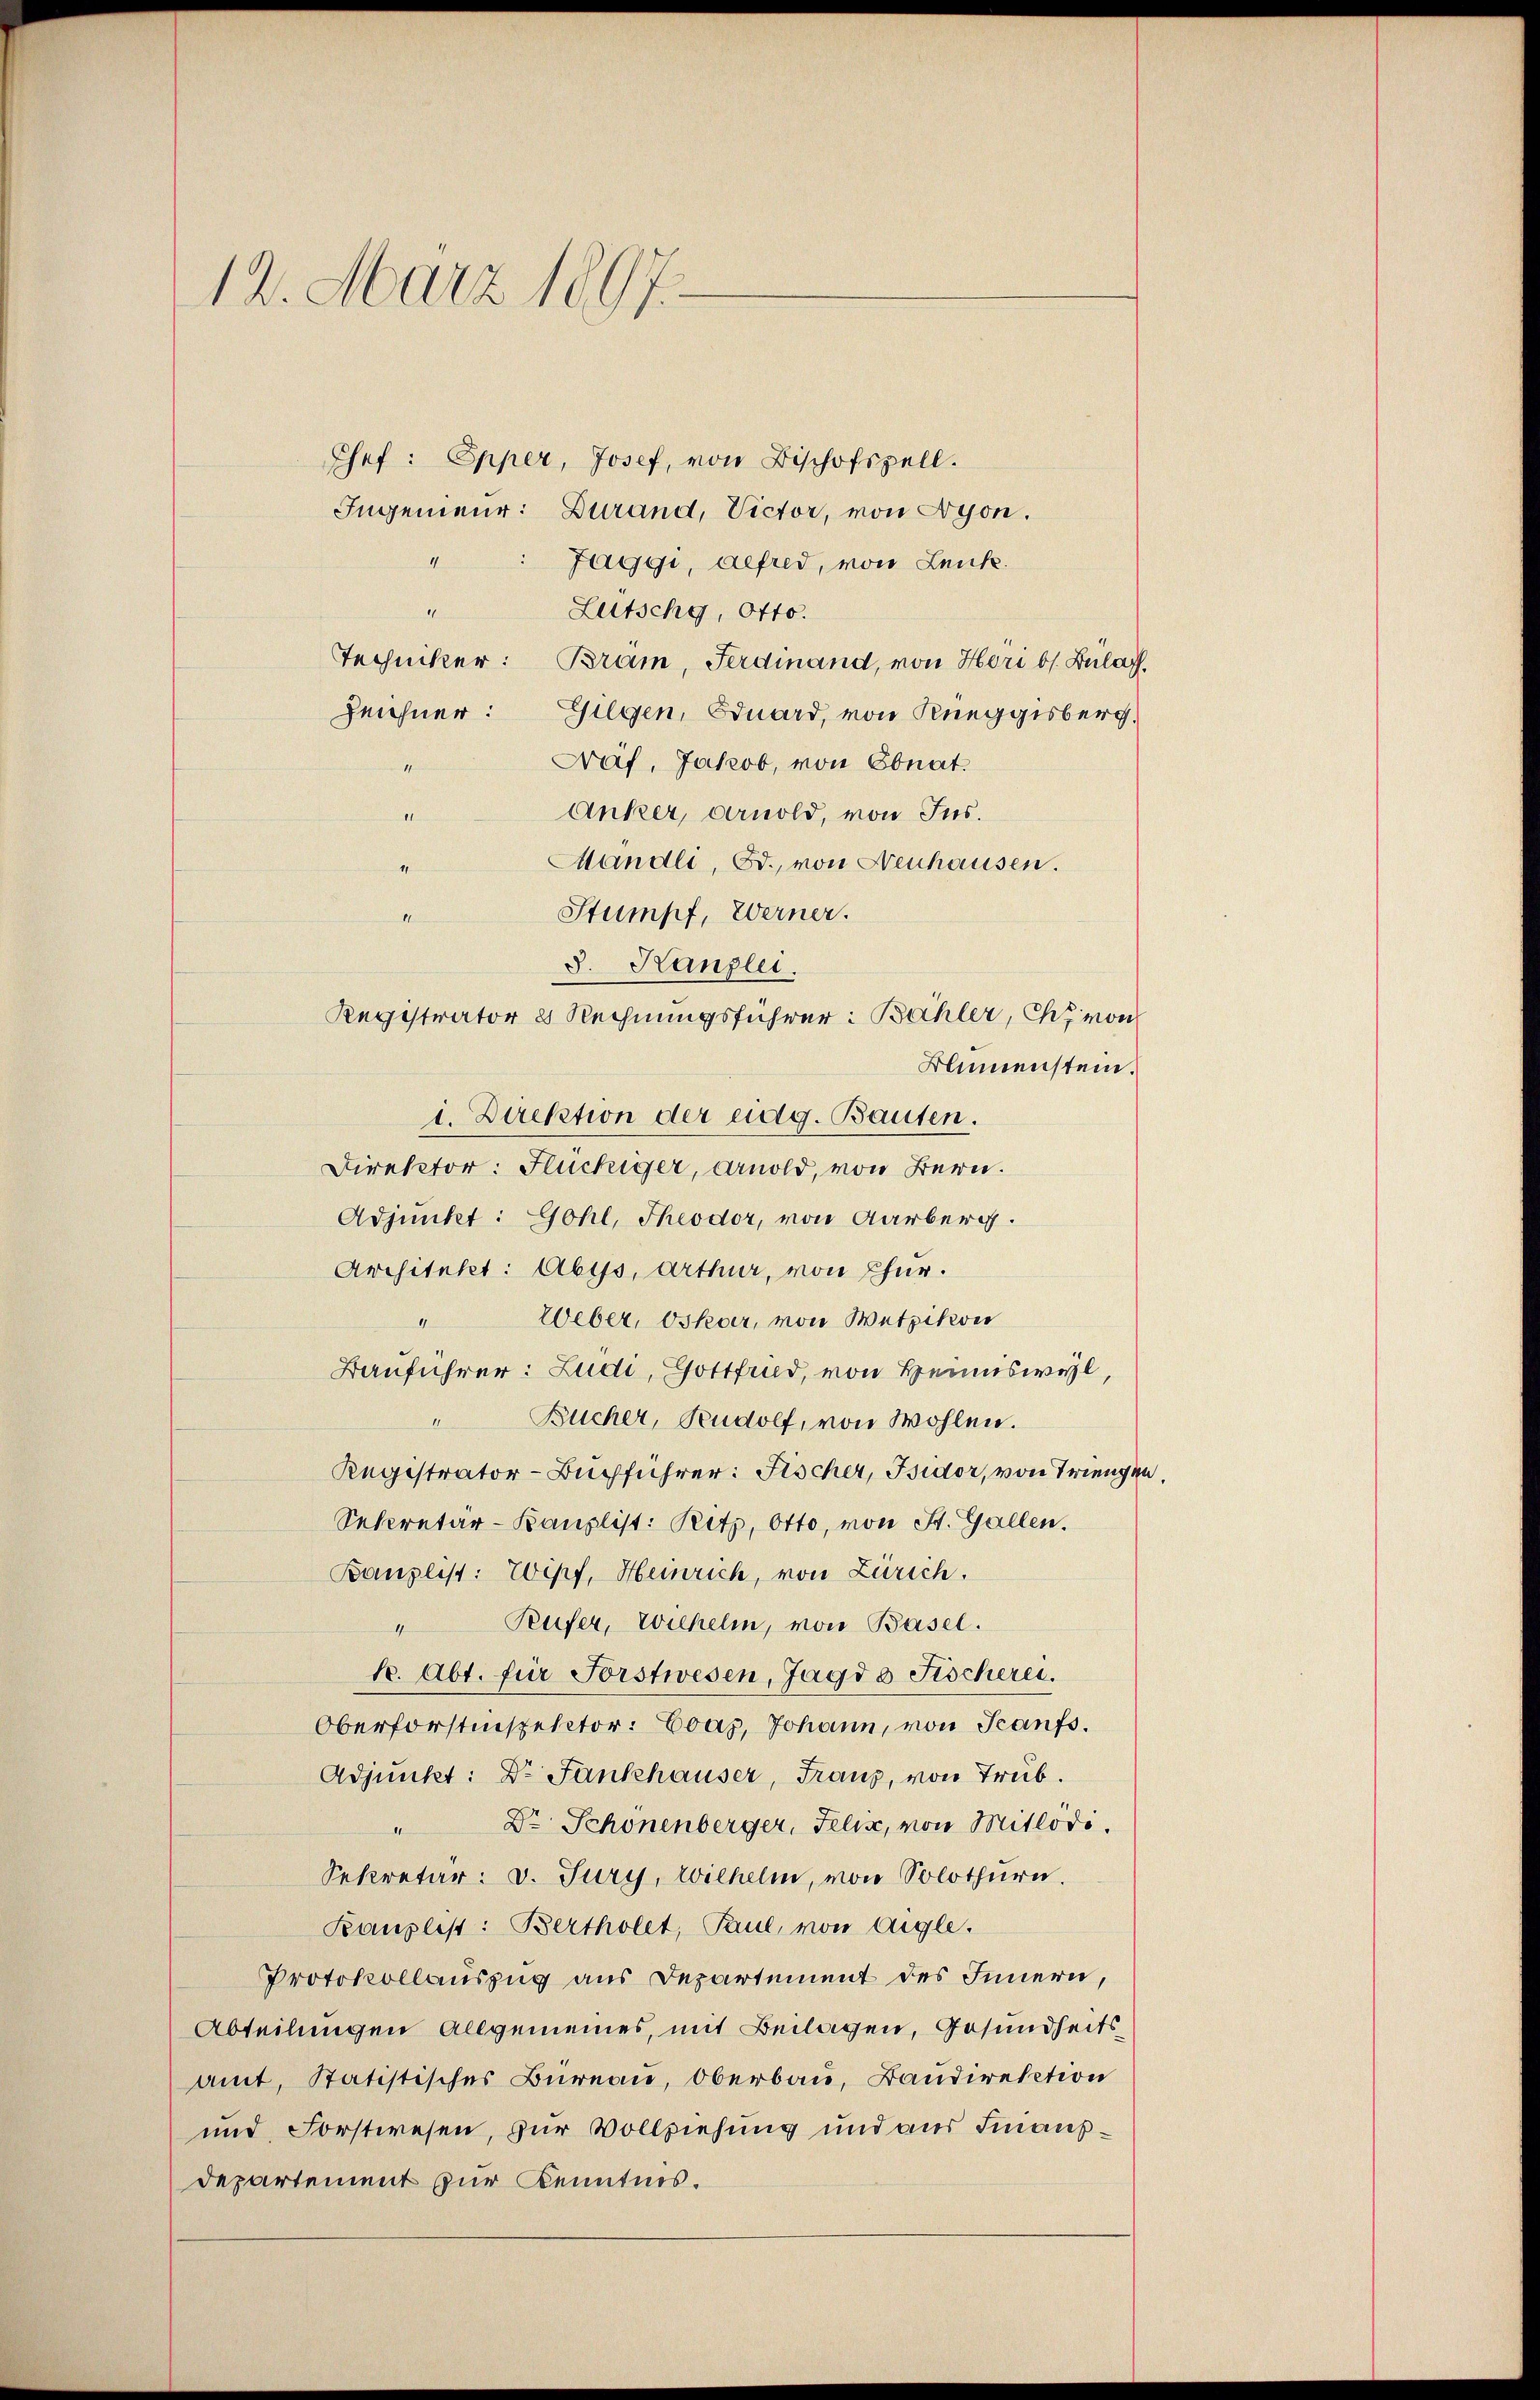
12. März 1897
Chef: Epper, Josef, von Bischofspell.
Ingenieur: Durand, Victor, von Nyon.

Jaggi, Alfred, von Lenk.
Lütschy, Otto.
Techniker: Bram, Ferdinand, von Höri bs. Bulaf.
Zeichner: Gilgen, Eduard, von Kneggisberg,
Braf, Jakob, von Ebnat.
s
Anker, Arnold, von Jns.
.
Mändli, Bd., von Neuhausen.
Stumpf, Werner.
8. Kanzlei.
Registrator 8 Rechnungsführer: Bähler, Chi von
Blumenstein.
i. Direktion der eidg. Bauten.
Direktor: Flückiger, Arnold, von Bern.
Adjunket: Gohl, Theodor, von Aarberg.
Architekt: Abys, Arthur, von Chur.
Weber, Oskar, von Wetzikon
.
Bauführer: Ludi, Gottfrid, von Heimiswyl,
Bücher, Rudolf, von Wohlen.
Registrator-Buchführer: Fischer, Isidor, von Triengen.
Secretär-Kanzlist: Ritz, Otto, von St. Gallen.
Banzlist: Wipf, Heinrich, von Zürich.
Teufer, Wilhelm, von Basel.
te. Abt. für Forstwesen, Jagd 8 Fischerei.
Oberforstinspector: Coas, Johann, von Scanfs.
Adjunkt: Dr. Fankhauser, Franz, von Trub.
Dr Schönenberger, Felix, von Mitlodi
II
Sekretär: v. Jury, Wilhelm, von Solothurn.
Kanzlist: Bertholet, Paul, von Aigle.
Protokollauszug aus Departement des Innern,
Abteilungen Allgemeines, mit Beilagen, Gesundheitsamt, Statistisches Bureau, Oberbau, Bandirektion
und Forstwesen, zur Vollziehung und aus Finanzdepartement zur Kenntnis.